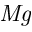
\mathit { M g }